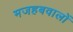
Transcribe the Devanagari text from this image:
मजहबवालों